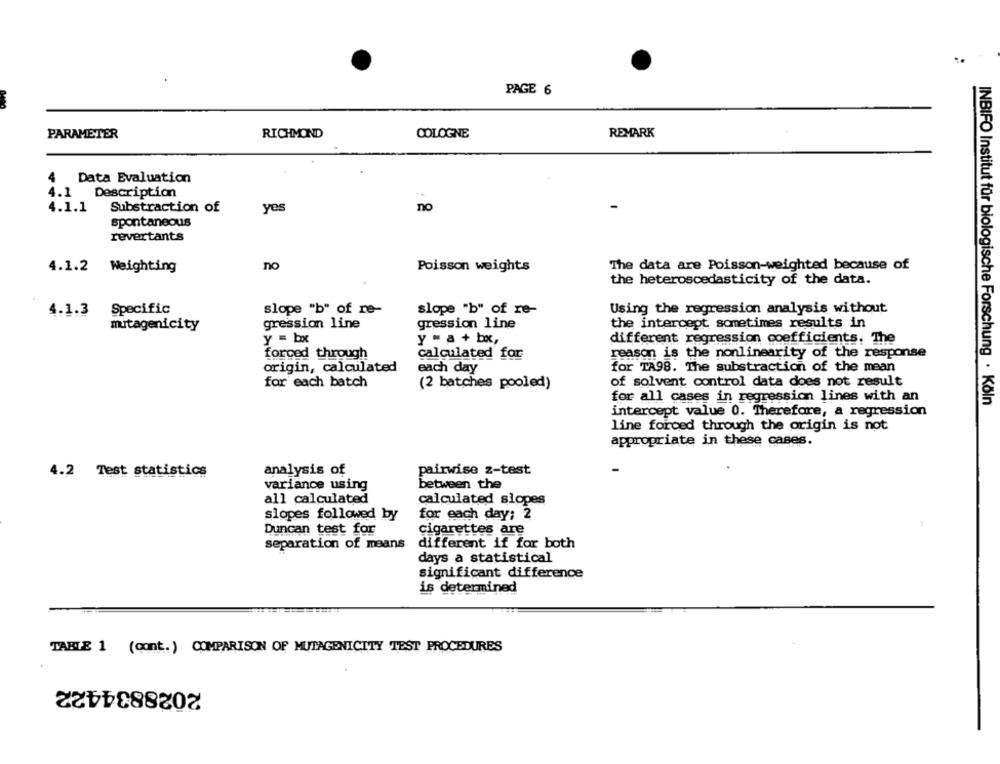
PAGE 6
PARAMETER
RICHMOND
COLOGNE
REMARK
4
Data Evaluation
4.1
Description
4.1.1
Substraction of
yes
no
spontaneous
revertants
no
Poisson weights
The data are Poisson-weighted because of
4.1.2 Weighting
the heteroscedasticity of the data.
4.1.3 Specific
slope "b" of re-
slope "b" of re-
Using the regression analysis without
mitagenicity
gression line
gression line
the intercept sometimes results in
Y = bx
y = a + bx,
different regression coefficients, The
forced through
calculated for
reason is the nonlinearity of the response
each day
origin, calculated
for TA98. The substraction of the mean
of solvent control data does not result
for each batch
(2 batches pooled)
for all cases in regression lines with an
INBIFO Institut für biologische Forschung · Köln
intercept value 0. Therefore, a regression
line forced through the origin is not
appropriate in these cases.
4.2 Test statistics
analysis of
pairwise z-test
variance using
between the
all calculated
calculated sìopes
slopes followed by
for each day; 2
Duncan test for
cigarettes are
separation of means
different if for both
days a statistical
significant difference
is determined
TABLE 1 (cont.) COMPARISON OF MUTAGENICITY TEST PROCEDURES
2028834422